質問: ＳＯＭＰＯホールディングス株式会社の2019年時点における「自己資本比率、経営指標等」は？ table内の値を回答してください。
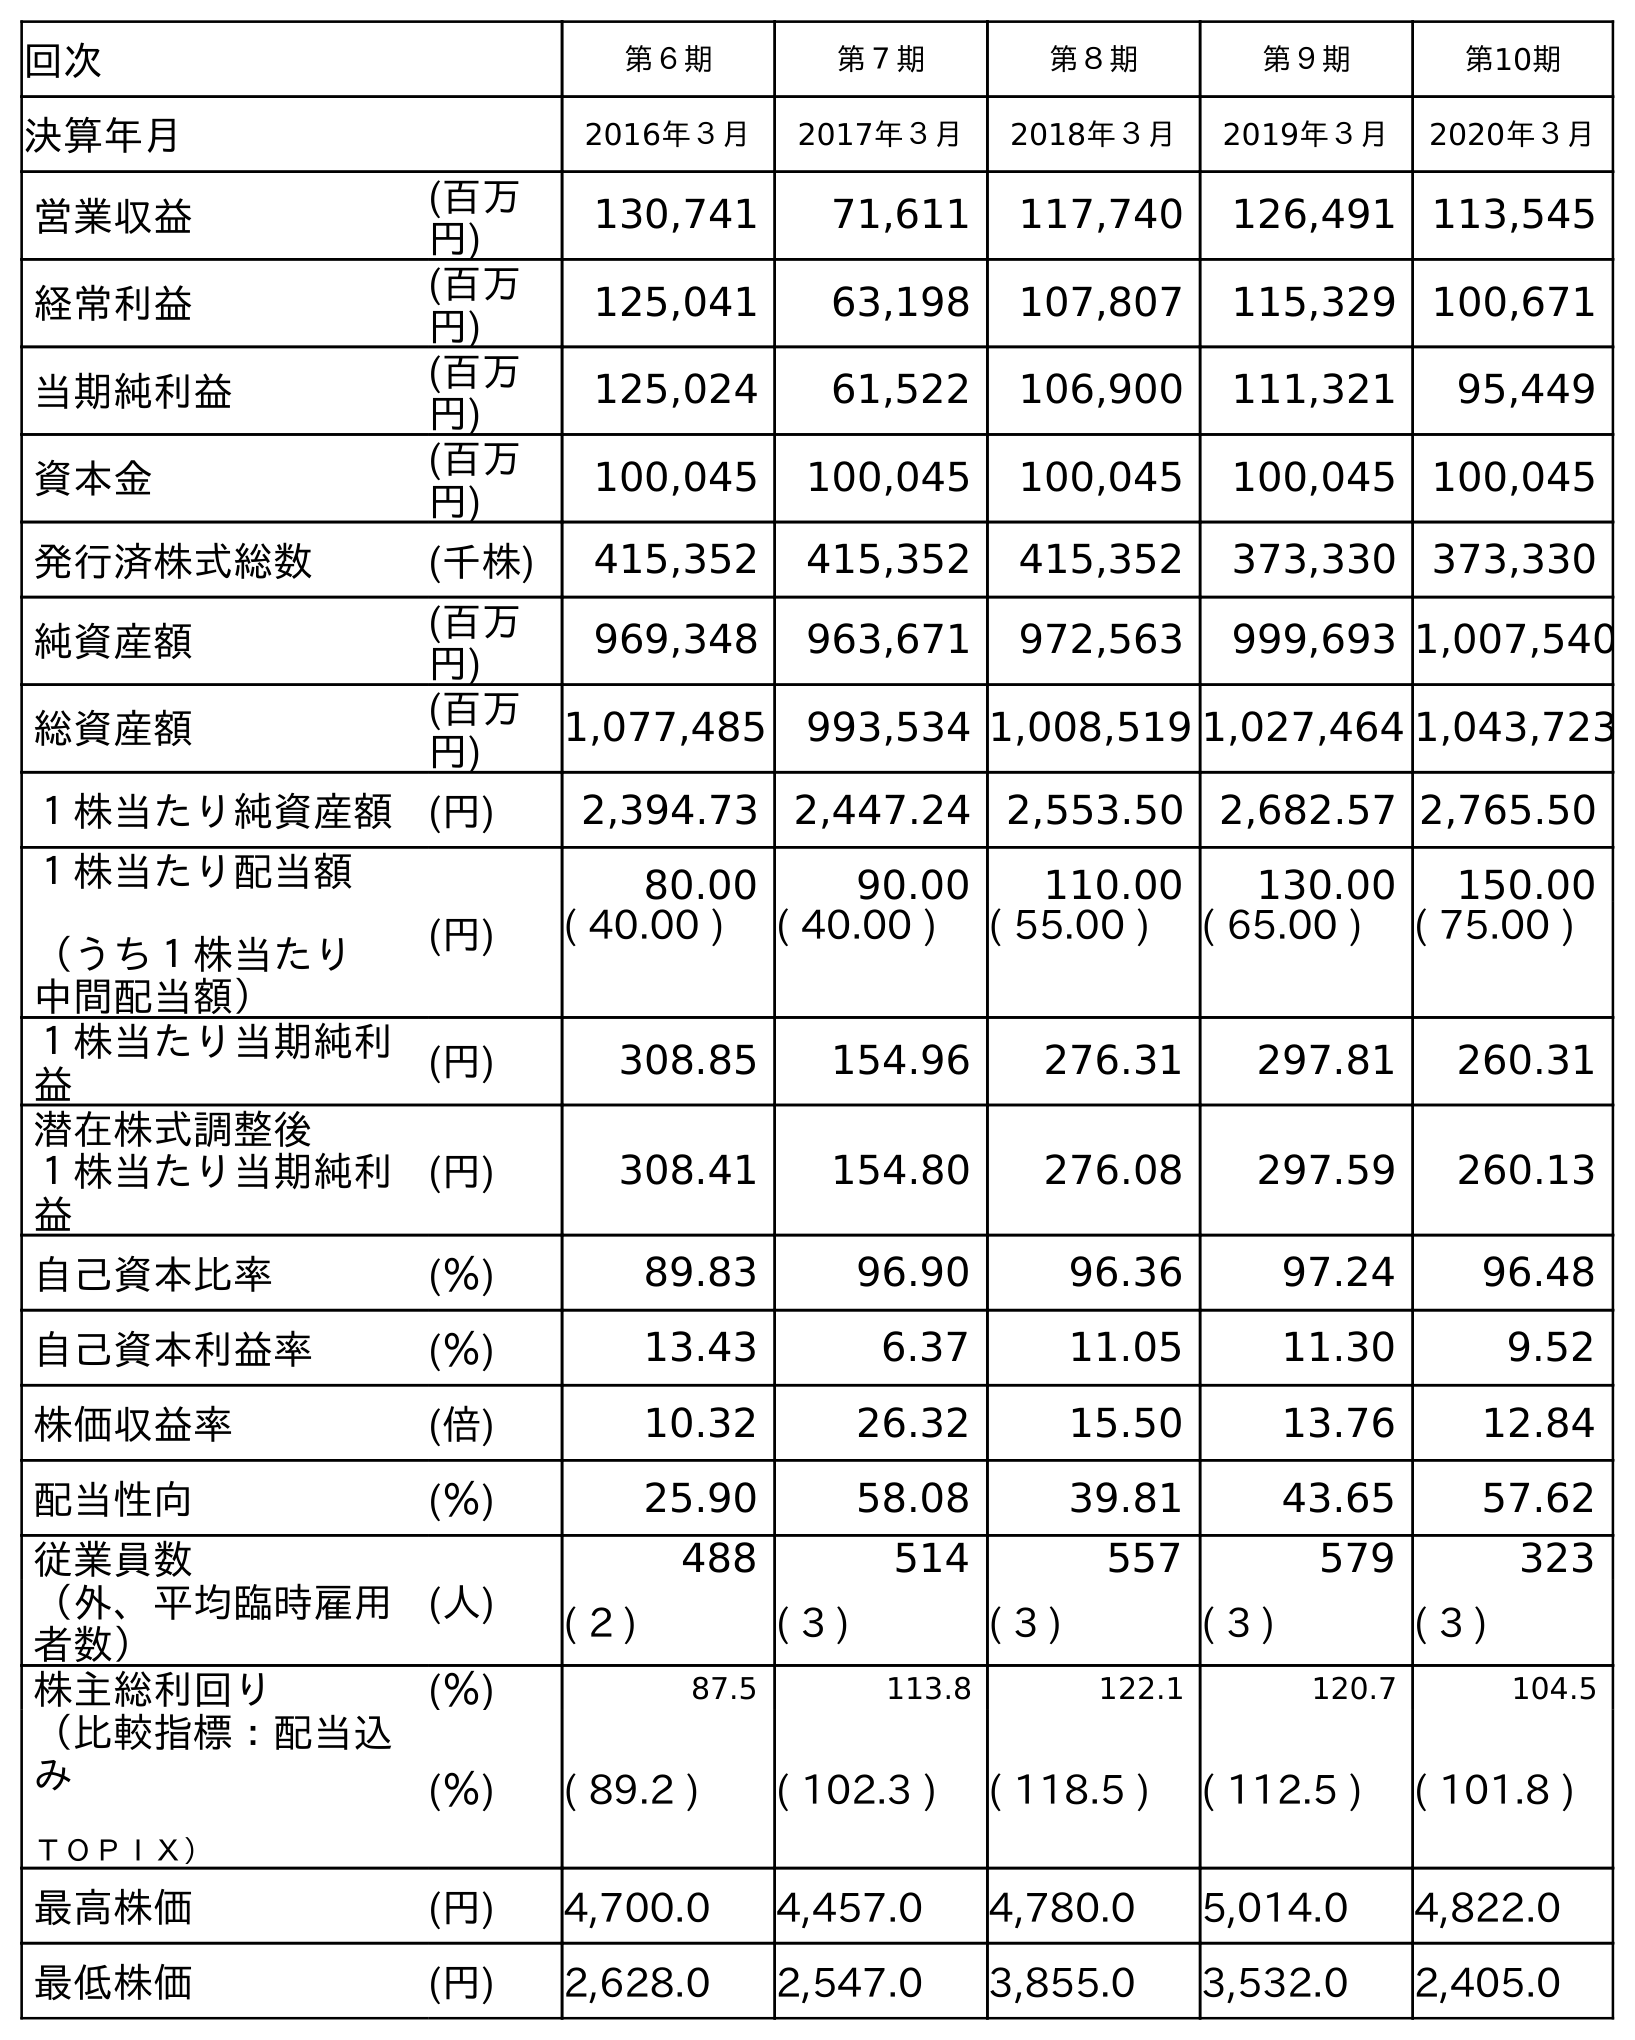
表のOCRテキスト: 回次 第６期 第７期 第８期 第９期 第10期 決算年月 2016年３月 2017年３月 2018年３月 2019年３月 2020年３月 営業収益 (百万 円) 130,741 71,611 117,740 126,491 113,545 経常利益 (百万 円) 125,041 63,198 107,807 115,329 100,671 当期純利益 (百万 円) 125,024 61,522 106,900 111,321 95,449 資本金 (百万 円) 100,045 100,045 100,045 100,045 100,045 発行済株式総数 (千株) 415,352 415,352 415,352 373,330 373,330 純資産額 (百万 円) 969,348 963,671 972,563 999,693 1,007,540 総資産額 (百万 円) 1,077,485 993,534 1,008,519 1,027,464 1,043,723 １株当たり純資産額 (円) 2,394.73 2,447.24 2,553.50 2,682.57 2,765.50 １株当たり配当額 （うち１株当たり 中間配当額） (円) 80.00 90.00 110.00 130.00 150.00 ( 40.00 ) ( 40.00 ) ( 55.00 ) ( 65.00 ) ( 75.00 ) １株当たり当期純利 益 (円) 308.85 154.96 276.31 297.81 260.31 潜在株式調整後 １株当たり当期純利 益 (円) 308.41 154.80 276.08 297.59 260.13 自己資本比率 (％) 89.83 96.90 96.36 97.24 96.48 自己資本利益率 (％) 13.43 6.37 11.05 11.30 9.52 株価収益率 (倍) 10.32 26.32 15.50 13.76 12.84 配当性向 (％) 25.90 58.08 39.81 43.65 57.62 従業員数 (人) 488 514 557 579 323 （外、平均臨時雇用 者数） ( 2 ) ( 3 ) ( 3 ) ( 3 ) ( 3 ) 株主総利回り (％) 87.5 113.8 122.1 120.7 104.5 （比較指標：配当込 み ＴＯＰＩＸ） (％) ( 89.2 ) ( 102.3 ) ( 118.5 ) ( 112.5 ) ( 101.8 ) 最高株価 (円) 4,700.0 4,457.0 4,780.0 5,014.0 4,822.0 最低株価 (円) 2,628.0 2,547.0 3,855.0 3,532.0 2,405.0
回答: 97.24